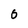
Character: o